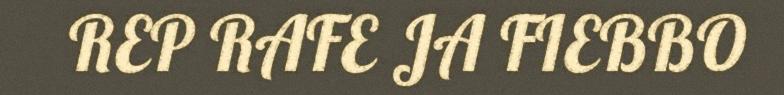
REP RAFE JA FIEBBO